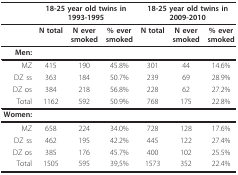
<table><thead><tr><td></td><td colspan="3"><b>18-25 year old twins in1993-1995</b></td><td colspan="3"><b>18-25 year old twins in2009-2010</b></td></tr></thead><tbody><tr><td></td><td><b>N total</b></td><td><b>N ever</b><b>smoked</b></td><td><b>% ever</b><b>smoked</b></td><td><b>N total</b></td><td><b>N ever</b><b>smoked</b></td><td><b>% ever</b><b>smoked</b></td></tr><tr><td><b>Men:</b></td><td></td><td></td><td></td><td></td><td></td><td></td></tr><tr><td>MZ</td><td>415</td><td>190</td><td>45.8%</td><td>301</td><td>44</td><td>14.6%</td></tr><tr><td>DZ ss</td><td>363</td><td>184</td><td>50.7%</td><td>239</td><td>69</td><td>28.9%</td></tr><tr><td>DZ os</td><td>384</td><td>218</td><td>56.8%</td><td>228</td><td>62</td><td>27.2%</td></tr><tr><td>Total</td><td>1162</td><td>592</td><td>50.9%</td><td>768</td><td>175</td><td>22.8%</td></tr><tr><td><b>Women:</b></td><td></td><td></td><td></td><td></td><td></td><td></td></tr><tr><td>MZ</td><td>658</td><td>224</td><td>34.0%</td><td>728</td><td>128</td><td>17.6%</td></tr><tr><td>DZ ss</td><td>462</td><td>195</td><td>42.2%</td><td>445</td><td>122</td><td>27.4%</td></tr><tr><td>DZ os</td><td>385</td><td>176</td><td>45.7%</td><td>400</td><td>102</td><td>25.5%</td></tr><tr><td>Total</td><td>1505</td><td>595</td><td>39,5%</td><td>1573</td><td>352</td><td>22.4%</td></tr></tbody></table>